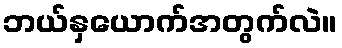
ဘယ်နှယောက်အတွက်လဲ။